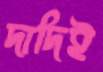
দাদিই